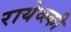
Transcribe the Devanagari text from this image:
रायेव्स्की